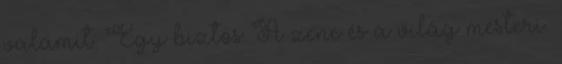
valamit. Egy biztos: A zene és a világ mesteri.